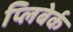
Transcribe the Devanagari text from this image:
प्लिबेर्क